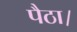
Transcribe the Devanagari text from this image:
पैठा।